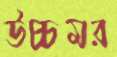
উচ্চমর